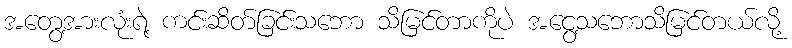
အတွေ့အားလုံးရဲ့ ကင်းဆိတ်ခြင်းသဘော သိမြင်တာကိုပဲ အငွေ့သဘောသိမြင်တယ်လို့